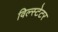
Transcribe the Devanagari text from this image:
विल्स्टेटर